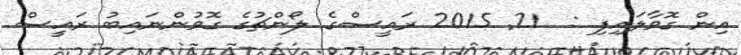
އިން ގޮވާލައިފި :  21